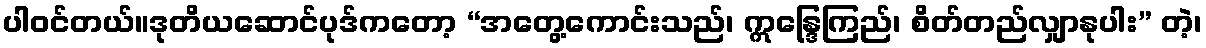
ပါဝင်တယ်။ဒုတိယဆောင်ပုဒ်ကတော့ “အတွေ့ကောင်းသည်၊ ဣန္ဒြေကြည်၊ စိတ်တည်လျှာနုပါး” တဲ့၊